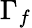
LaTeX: \Gamma_{f}